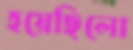
হয়েছিলো